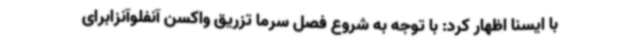
با ایسنا اظهار کرد: با توجه به شروع فصل سرما تزریق واکسن آنفلوآنزابرای